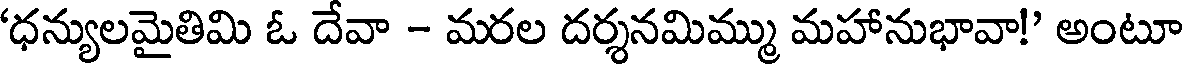
'ధన్యులమైతిమి ఓ దేవా - మరల దర్శనమిమ్ము మహానుభావా!' అంటూ